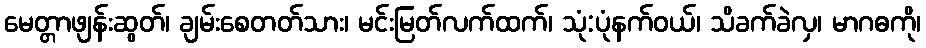
မေတ္တာဖျန်းဆွတ်၊ ချမ်းစေတတ်သား၊ မင်းမြတ်လက်ထက်၊ သုံ:ပုံနက်ဝယ်၊ သိခက်ခဲလှ၊ မာဂဓကို၊